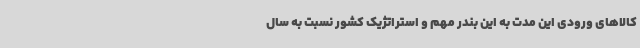
کالاهای ورودی این مدت به این بندر مهم و استراتژیک کشور نسبت به سال